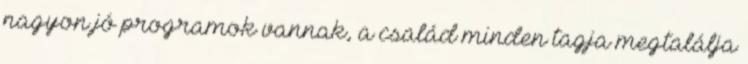
nagyon jó programok vannak, a család minden tagja megtalálja